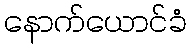
နောက်ယောင်ခံ